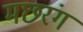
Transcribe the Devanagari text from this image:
मछरंग